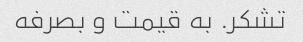
تشکر. به قیمت و بصرفه